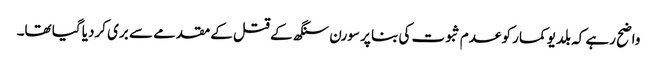
واضح رہے کہ بلدیو کمار کو عدم ثبوت کی بنا پر سورن سنگھ کے قتل کے مقدمے سے بری کردیا گیا تھا۔